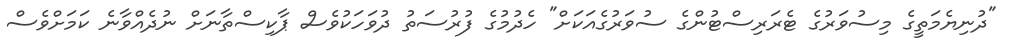
"ދުނިޔެމަތީގެ މިސުވަރުގެ ޓެރަރިސްޓުންގެ ސުވަރުގެއަކަށް" ހެދުމުގެ ފުރުސަތު ދުވަހަކުވެސް ޕާކިސްތާނަށް ނުދެއްވާނެ ކަމަށްވެސް